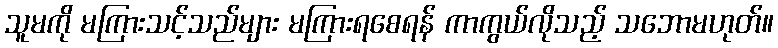
သူမကို မကြားသင့်သည်များ မကြားရစေရန် ကာကွယ်လိုသည့် သဘောမဟုတ်။